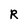
Character: R